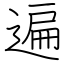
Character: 遍